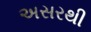
અસરથી